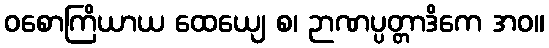
ဝစောကြိယာယ ထေယျေ စ၊ ဉာဏပ္ပတ္တာဒိကေ အဝ။